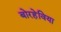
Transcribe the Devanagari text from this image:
बोरहेविया